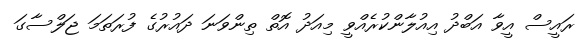
ރައީސް އީވާ އަބްދު އިއުލާންކުރެއްވީ މިއަދު އޮތް ތިންވަނަ ދައުރުގެ ފުރަތަމަ ޖަލްސާގަ